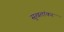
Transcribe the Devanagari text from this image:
सुखतांकर